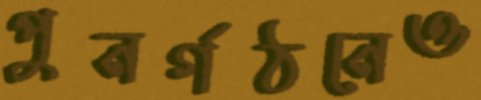
পুনর্গঠনেও